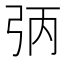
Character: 𪪻